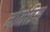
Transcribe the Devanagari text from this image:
नोमेडिया